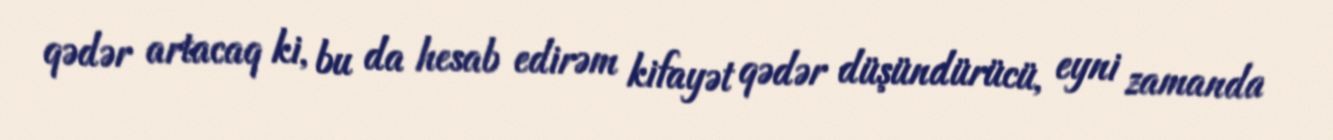
qədər artacaq ki, bu da hesab edirəm kifayət qədər düşündürücü, eyni zamanda